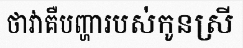
ថាវាគឺបញ្ហារបស់កូនស្រី